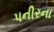
પનીરના